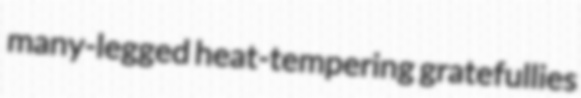
many-legged heat-tempering gratefullies